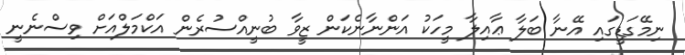
ނިމޭގަޑީގައި އޭނާ ބަލާ ޢާއިލާ މީހަކު އަންނާނެކަން ޒީވާ ބުނީއްސުރެން އަކްމަލްއަށް ވިސްނެނީ